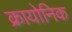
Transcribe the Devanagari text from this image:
क्रायोनिक